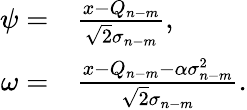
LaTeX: \begin{array}{rl}{\psi=}&{{}\frac{x-Q_{n-m}}{\sqrt{2}\sigma_{n-m}},}\\ {\omega=}&{{}\frac{x-Q_{n-m}-\alpha\sigma_{n-m}^{2}}{\sqrt{2}\sigma_{n-m}}.}\end{array}